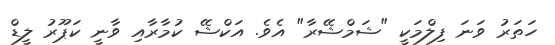
ހަތަރު ވަނަ ފިލްމަކީ "ޝަމްޝޭރާ" އެވެ. އަކްޝޭ ކުމާރާއި ވާނީ ކަޕޫރު ލީޑް